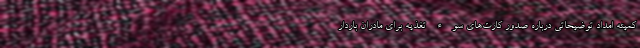
کمیته امداد توضیحاتی درباره صدور کارت‌های سوء تغذیه برای مادران باردار